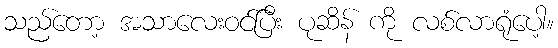
သည်တော့ အသာလေးဝင်ပြီး ပုဆိန် ကို လစ်လာရုံပေါ့။